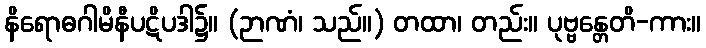
နိရောဓဂါမိနီပဋိပဒါ၌။ (ဉာဏံ၊ သည်။) တထာ၊ တည်း။ ပုဗ္ဗန္တေတိ-ကား။